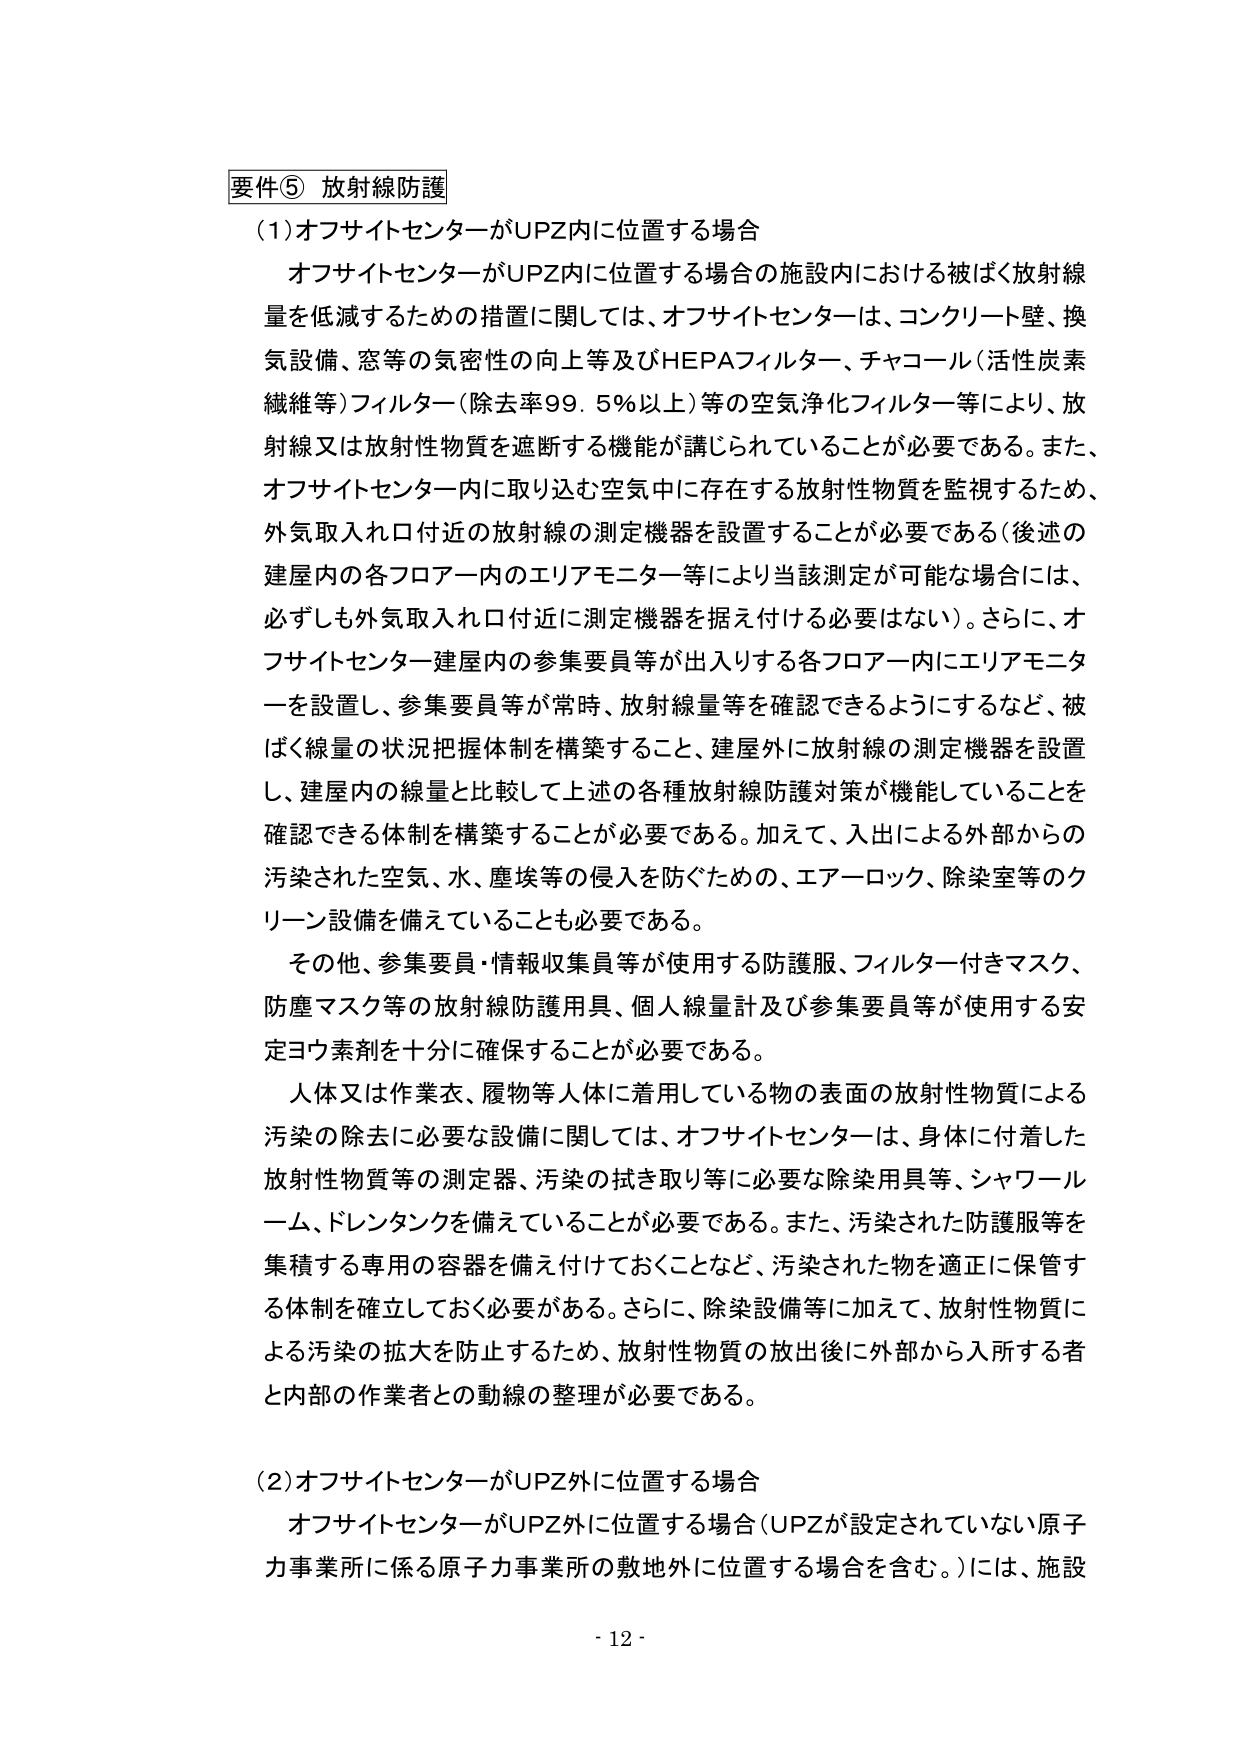
要件⑤ 放射線防護

(1) オフサイトセンターがUPZ内に位置する場合

　オフサイトセンターがUPZ内に位置する場合の施設内における被ばく放射線量を低減するための措置に関しては、オフサイトセンターは、コンクリート壁、換気設備、窓等の気密性の向上等及びHEPAフィルター、チャコール（活性炭素繊維等）フィルター（除去率99.5％以上）等の空気浄化フィルター等により、放射線又は放射性物質を遮断する機能が講じられていることが必要である。また、オフサイトセンター内に取り込む空気中に存在する放射性物質を監視するため、外気取入れ口付近の放射線の測定機器を設置することが必要である（後述の建屋内の各フロアー内のエリアモニター等により当該測定が可能な場合には、必ずしも外気取入れ口付近に測定機器を据え付ける必要はない）。さらに、オフサイトセンター建屋内の参集要員等が出入りする各フロアー内にエリアモニターを設置し、参集要員等が常時、放射線量等を確認できるようにするなど、被ばく線量の状況把握体制を構築すること、建屋外に放射線の測定機器を設置し、建屋内の線量と比較して上述の各種放射線防護対策が機能していることを確認できる体制を構築することが必要である。加えて、入出による外部からの汚染された空気、水、塵埃等の侵入を防ぐための、エアーロック、除染室等のクリーン設備を備えていることも必要である。

　その他、参集要員・情報収集員等が使用する防護服、フィルター付きマスク、防塵マスク等の放射線防護用具、個人線量計及び参集要員等が使用する安定ヨウ素剤を十分に確保することが必要である。

　人体又は作業衣、履物等人体に着用している物の表面の放射性物質による汚染の除去に必要な設備に関しては、オフサイトセンターは、身体に付着した放射性物質等の測定器、汚染の拭き取り等に必要な除染用具等、シャワールーム、ドレンタンクを備えていることが必要である。また、汚染された防護服等を集積する専用の容器を備え付けておくことなど、汚染された物を適正に保管する体制を確立しておく必要がある。さらに、除染設備等に加えて、放射性物質による汚染の拡大を防止するため、放射性物質の放出後に外部から入所する者と内部の作業者との動線の整理が必要である。

(2) オフサイトセンターがUPZ外に位置する場合

　オフサイトセンターがUPZ外に位置する場合（UPZが設定されていない原子力事業所に係る原子力事業所の敷地外に位置する場合を含む。）には、施設

- 12 -